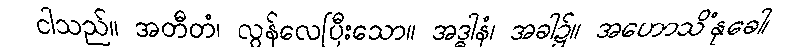
ငါသည်။ အတီတံ၊ လွန်လေပြီးသော။ အဒ္ဓါနံ၊ အခါ၌။ အဟောသိံနုခေါ၊